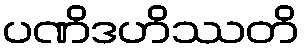
ပဏိဒဟိဿတိ